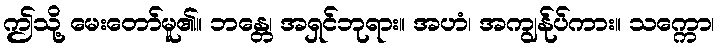
ဤသို့ မေးတော်မူ၏။ ဘန္တေ၊ အရှင်ဘုရား။ အဟံ၊ အကျွန်ုပ်ကား။ သက္ကော၊